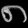
Digit: ၈